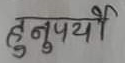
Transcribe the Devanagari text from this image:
हुनुपयो